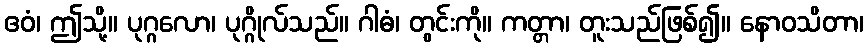
ဧဝံ၊ ဤသို့။ ပုဂ္ဂလော၊ ပုဂ္ဂိုလ်သည်။ ဂါဓံ၊ တွင်းကို။ ကတ္တာ၊ တူးသည်ဖြစ်၍။ နောဝသိတာ၊